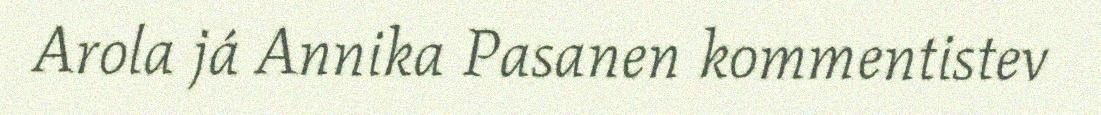
Arola já Annika Pasanen kommentistev